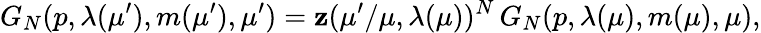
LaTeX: G_{N}(p,\lambda(\mu^{\prime}),m(\mu^{\prime}),\mu^{\prime})=\mathbf{z}(\mu^{\prime}/\mu,\lambda(\mu))^{N}\, G_{N}(p,\lambda(\mu),m(\mu),\mu),